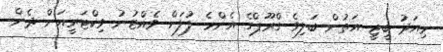
މިއަދު ބީޖީ އަތުން ބަލިވެ ގްރޫޕްގެ އެންމެ ފުލަށް ވެއްޓުނު ވިކްޓަރީއަށް ދެން